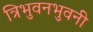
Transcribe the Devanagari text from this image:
त्रिभुवनभुवनी